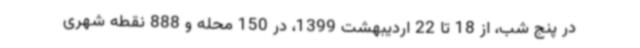
در پنج شب، از 18 تا 22 اردیبهشت 1399، در 150 محله و 888 نقطه شهری